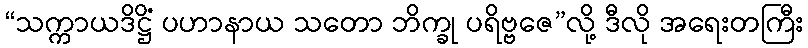
“သက္ကာယဒိဋ္ဌိံ ပဟာနာယ သတော ဘိက္ခု ပရိဗ္ဗဇေ”လို့ ဒီလို အရေးတကြီး